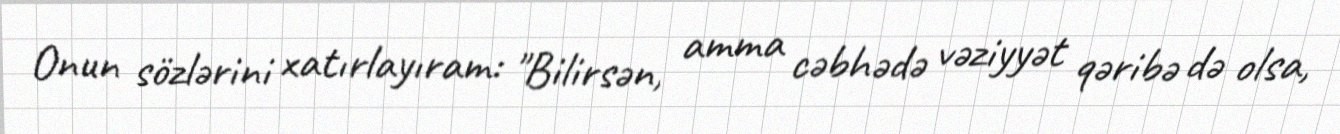
Onun sözlərini xatırlayıram: "Bilirsən, amma cəbhədə vəziyyət qəribə də olsa,